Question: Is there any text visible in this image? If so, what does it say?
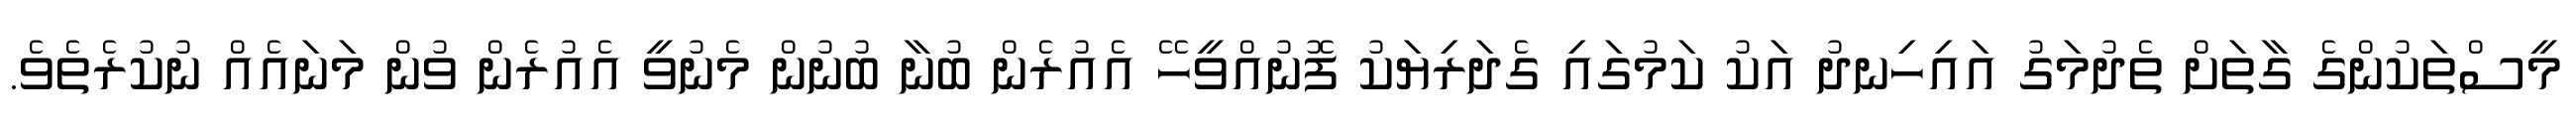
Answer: މީސްތަކުންގެ ގާތަށް ތެދުމަގު އައިހިނދު އަކު ކަމުގައި ގެދަރިޔަކު ފޮނުއްވީހޭ އެއުރެން ބުނާ ބުނުން މެނުވީ އެއުރެން ވުން މަނައެއް ނުކުރެތެވެ.